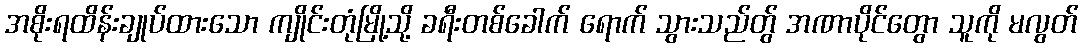
အစိုးရထိန်းချုပ်ထားသော ကျိုင်းတုံမြို့သို့ ခရီးတစ်ခေါက် ရောက် သွားသည်တွ် အဏာပိုင်တွော သူကို မလွတ်